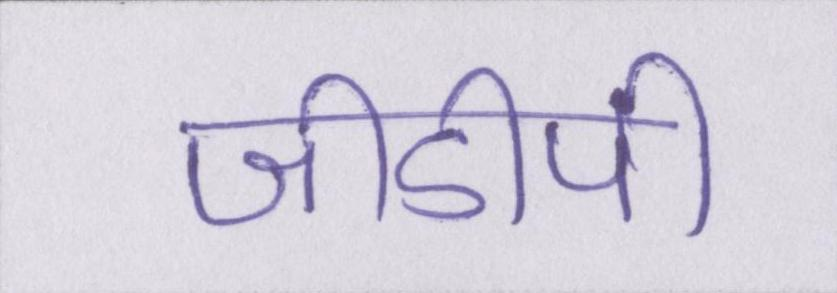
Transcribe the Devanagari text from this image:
जीडीपी